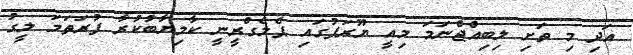
އަދި މި ތަށި ލިބިއްޖެނަމަ މިއީ ޔޫރަޕުގައި ޕެލެގްރީނީ ކާމިޔާބުކުރާ ފުރަތަމަ ލީގު